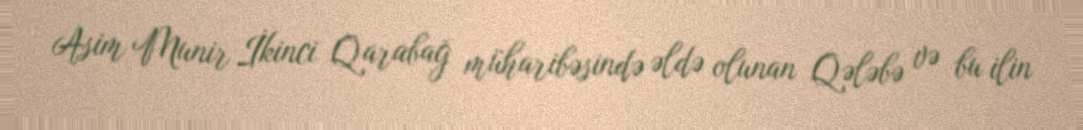
Asim Munir İkinci Qarabağ müharibəsində əldə olunan Qələbə və bu ilin